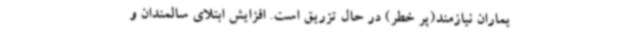
یماران نیازمند(پر خطر) در حال تزریق است. افزایش ابتلای سالمندان و